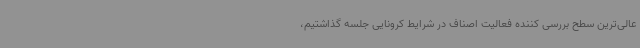
عالی‌ترین سطح بررسی کننده فعالیت اصناف در شرایط کرونایی جلسه گذاشتیم،